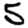
Digit: 5